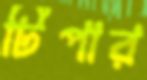
টিপার